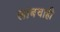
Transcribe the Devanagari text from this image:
लांबचाही